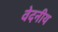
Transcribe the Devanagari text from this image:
वेदनीय